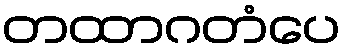
တထာဂတံပေ